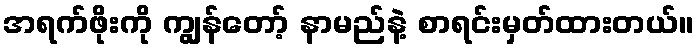
အရက်ဖိုးကို ကျွန်တော့် နာမည်နဲ့ စာရင်းမှတ်ထားတယ်။